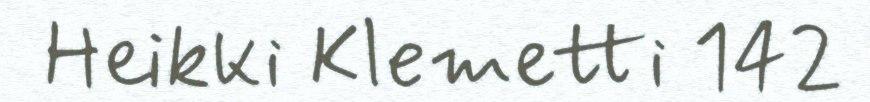
Heikki Klemetti 142